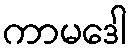
ကာမဒေါ